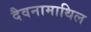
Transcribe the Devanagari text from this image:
दैवनामाथिल